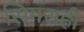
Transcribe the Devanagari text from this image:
सिमराही